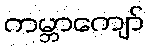
ကမ္ဘာကျော်